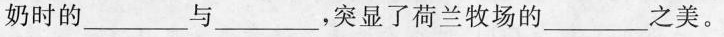
奶时的___与___，突显了荷兰牧场的___之美。